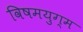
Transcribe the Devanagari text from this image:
विषमयुग्म